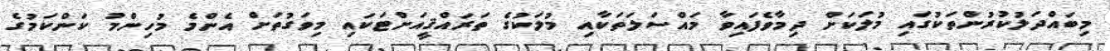
މިބައްދަލުކުރުންތަކުގައި މުލަކަށް ދިމާވެފައިވާ މައްސަލަތަކާއި މުލަކުގެ ތަރައްޤީއަށްޓަކައި މިވަގުތަށް އެންމެ މުހިންމު ކަންކަމުގެ